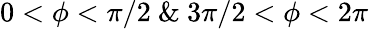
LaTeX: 0<\phi<\pi/2~\& ~3\pi/2<\phi<2\pi